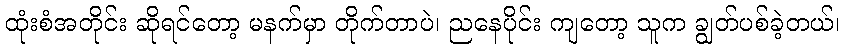
ထုံးစံအတိုင်း ဆိုရင်တော့ မနက်မှာ တိုက်တာပဲ၊ ညနေပိုင်း ကျတော့ သူက ချွတ်ပစ်ခဲ့တယ်၊